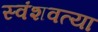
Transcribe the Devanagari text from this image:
स्वंशवत्या